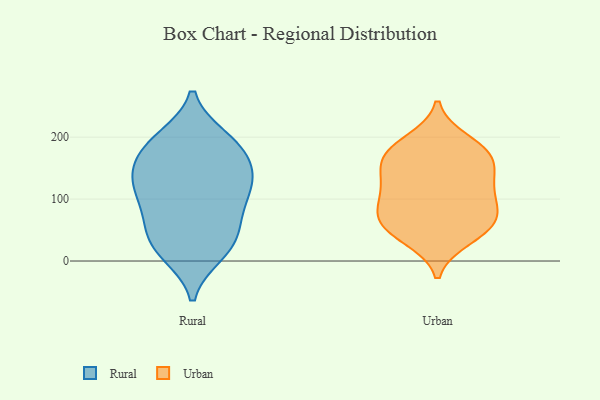
{"axis": {"x": "Conversion Rate (%)", "y": "Value"}, "legend": ["Rural", "Urban"], "data": [{"x": "", "y": 199, "type": "Rural"}, {"x": "", "y": 11, "type": "Rural"}, {"x": "", "y": 174, "type": "Rural"}, {"x": "", "y": 154, "type": "Rural"}, {"x": "", "y": 54, "type": "Rural"}, {"x": "", "y": 168, "type": "Rural"}, {"x": "", "y": 197, "type": "Rural"}, {"x": "", "y": 135, "type": "Rural"}, {"x": "", "y": 133, "type": "Rural"}, {"x": "", "y": 110, "type": "Rural"}, {"x": "", "y": 133, "type": "Rural"}, {"x": "", "y": 194, "type": "Rural"}, {"x": "", "y": 54, "type": "Rural"}, {"x": "", "y": 85, "type": "Rural"}, {"x": "", "y": 15, "type": "Rural"}, {"x": "", "y": 19, "type": "Rural"}, {"x": "", "y": 93, "type": "Rural"}, {"x": "", "y": 43, "type": "Rural"}, {"x": "", "y": 116, "type": "Rural"}, {"x": "", "y": 62, "type": "Urban"}, {"x": "", "y": 172, "type": "Urban"}, {"x": "", "y": 171, "type": "Urban"}, {"x": "", "y": 47, "type": "Urban"}, {"x": "", "y": 76, "type": "Urban"}, {"x": "", "y": 135, "type": "Urban"}, {"x": "", "y": 119, "type": "Urban"}, {"x": "", "y": 58, "type": "Urban"}, {"x": "", "y": 158, "type": "Urban"}, {"x": "", "y": 177, "type": "Urban"}, {"x": "", "y": 81, "type": "Urban"}, {"x": "", "y": 122, "type": "Urban"}, {"x": "", "y": 98, "type": "Urban"}, {"x": "", "y": 37, "type": "Urban"}, {"x": "", "y": 193, "type": "Urban"}]}